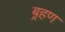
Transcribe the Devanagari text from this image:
ब़्रहण